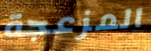
المزعجة